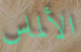
الألماس